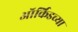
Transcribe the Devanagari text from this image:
ऑर्किडच्या